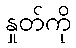
နှုတ်ကို